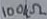
Text: 100kΩ